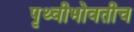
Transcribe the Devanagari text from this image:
पृथ्वीभोवतीच